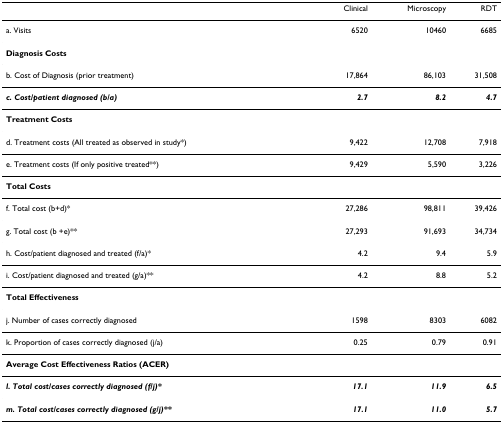
|  | Clinical | Microscopy | RDT |
 | --- | --- | --- | --- |
 | a. Visits | 6520 | 10460 | 6685 |
 | <COLSPAN=4> Diagnosis Costs |
 | b. Cost of Diagnosis (prior treatment) | 17,864 | 86,103 | 31,508 |
 | c. Cost/patient diagnosed (b/a) | 2.7 | 8.2 | 4.7 |
 | <COLSPAN=4> Treatment Costs |
 | d. Treatment costs (All treated as observed in study*) | 9,422 | 12,708 | 7,918 |
 | e. Treatment costs (If only positive treated**) | 9,429 | 5,590 | 3,226 |
 | <COLSPAN=4> Total Costs |
 | f. Total cost (b+d)* | 27,286 | 98,811 | 39,426 |
 | g. Total cost (b +e)** | 27,293 | 91,693 | 34,734 |
 | h. Cost/patient diagnosed and treated (f/a)* | 4.2 | 9.4 | 5.9 |
 | i. Cost/patient diagnosed and treated (g/a)** | 4.2 | 8.8 | 5.2 |
 | <COLSPAN=4> Total Effectiveness |
 | j. Number of cases correctly diagnosed | 1598 | 8303 | 6082 |
 | k. Proportion of cases correctly diagnosed (j/a) | 0.25 | 0.79 | 0.91 |
 | <COLSPAN=4> Average Cost Effectiveness Ratios (ACER) |
 | l. Total cost/cases correctly diagnosed (f/j)* | 17.1 | 11.9 | 6.5 |
 | m. Total cost/cases correctly diagnosed (g/j)** | 17.1 | 11.0 | 5.7 |